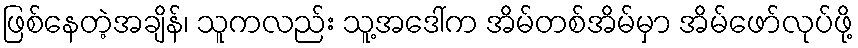
ဖြစ်နေတဲ့အချိန်၊ သူကလည်း သူ့အဒေါ်က အိမ်တစ်အိမ်မှာ အိမ်ဖော်လုပ်ဖို့